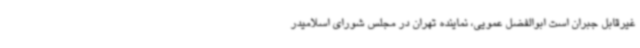
غیرقابل جبران است ابوالفضل عمویی، نماینده تهران در مجلس شورای اسلامیدر